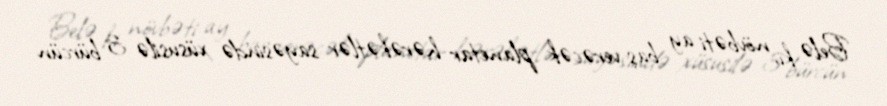
Belə ki, növbəti ay baş verəcək planetar hərəkətlər sayəsində xüsusilə 3 bürcün